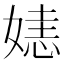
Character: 㜇